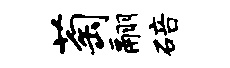
萄翮碚